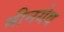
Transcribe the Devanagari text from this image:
मीनयेव